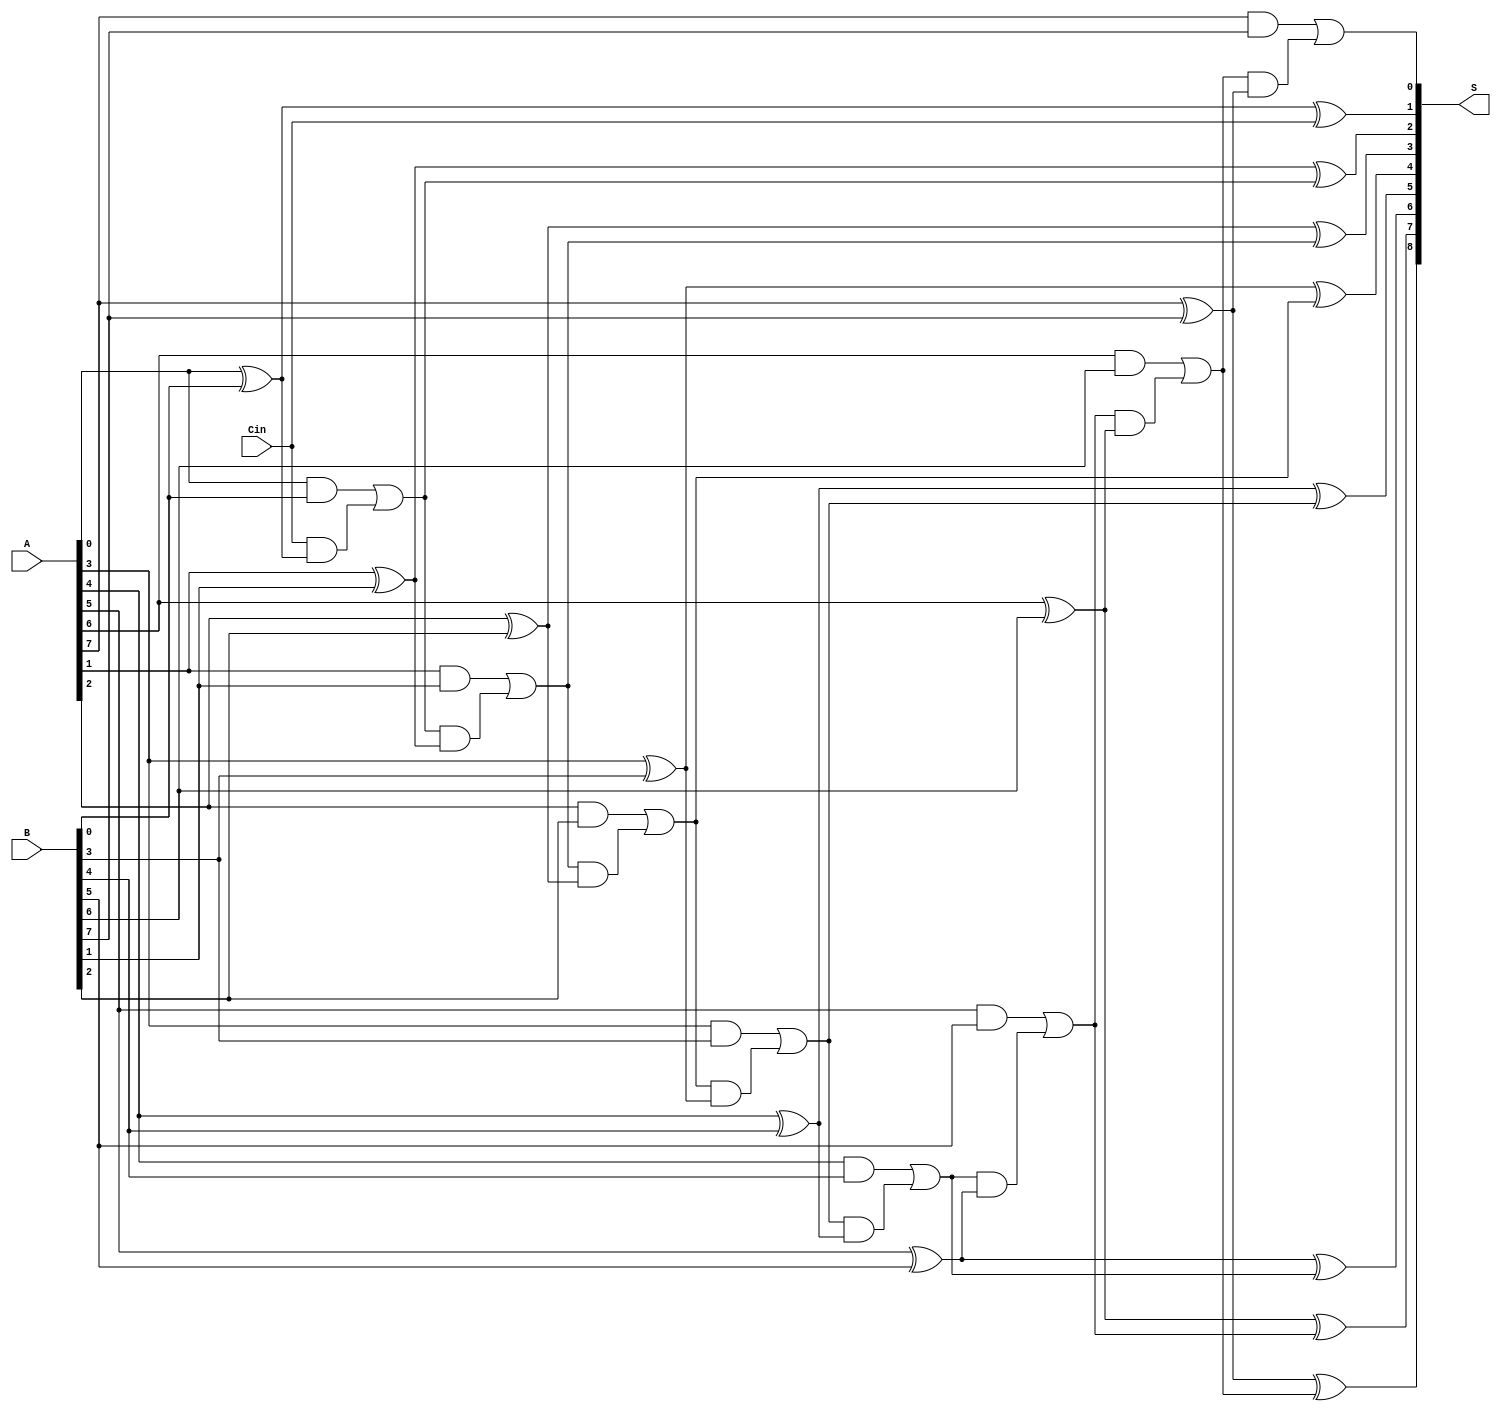
module PrecomputationCarryAdder #(parameter N = 8) (
    input [N-1:0] A,        // N-bit input A
    input [N-1:0] B,        // N-bit input B
    input Cin,              // Carry input
    output [N:0] S          // (N+1)-bit output sum
);

    wire [N:0] carry;       // Carry signals
    wire [N-1:0] sum;       // Intermediate sum

    // Generate carry values based on A and B
    // carry[i] = (A[i] & B[i]) | (carry[i-1] & (A[i] ^ B[i]))
    assign carry[0] = Cin; // Initiate the first carry with the input carry
    generate
        genvar i;
        for (i = 0; i < N; i = i + 1) begin : carry_generation
            if (i == 0) begin
                assign carry[i + 1] = (A[i] & B[i]) | (carry[i] & (A[i] ^ B[i]));
            end else begin
                assign carry[i + 1] = (A[i] & B[i]) | (carry[i] & (A[i] ^ B[i]));
            end
        end
    endgenerate

    // Calculate the sum at each bit position
    assign S[N:1] = sum; // Assign intermediate sum to the higher bits
    generate
        for (i = 0; i < N; i = i + 1) begin : sum_calculation
            assign sum[i] = A[i] ^ B[i] ^ carry[i]; // Sum calculation
        end
    endgenerate

    // Assign the final carry out
    assign S[0] = carry[N]; // The final carry out is the last carry

    // Full output is S[N:0]
    assign S[N:1] = sum;

endmodule